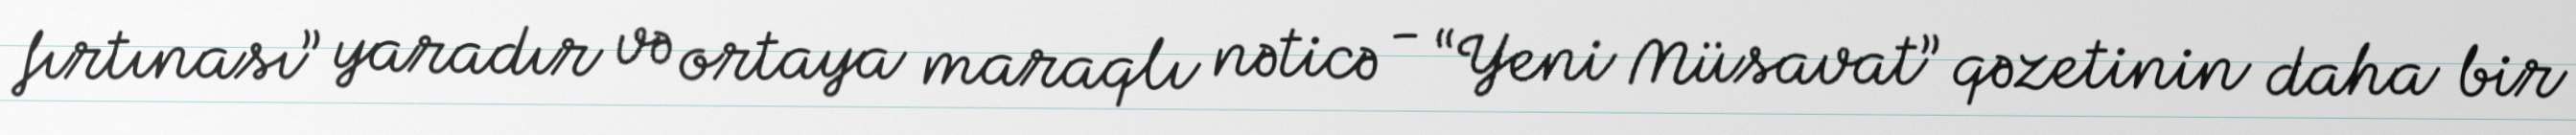
fırtınası” yaradır və ortaya maraqlı nəticə - “Yeni Müsavat” qəzetinin daha bir